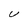
Character: U